342_HS1-416511228_319.1 Flying Discs 1949
Agency: Department of War
Incident date: 1/9/50
Page 41
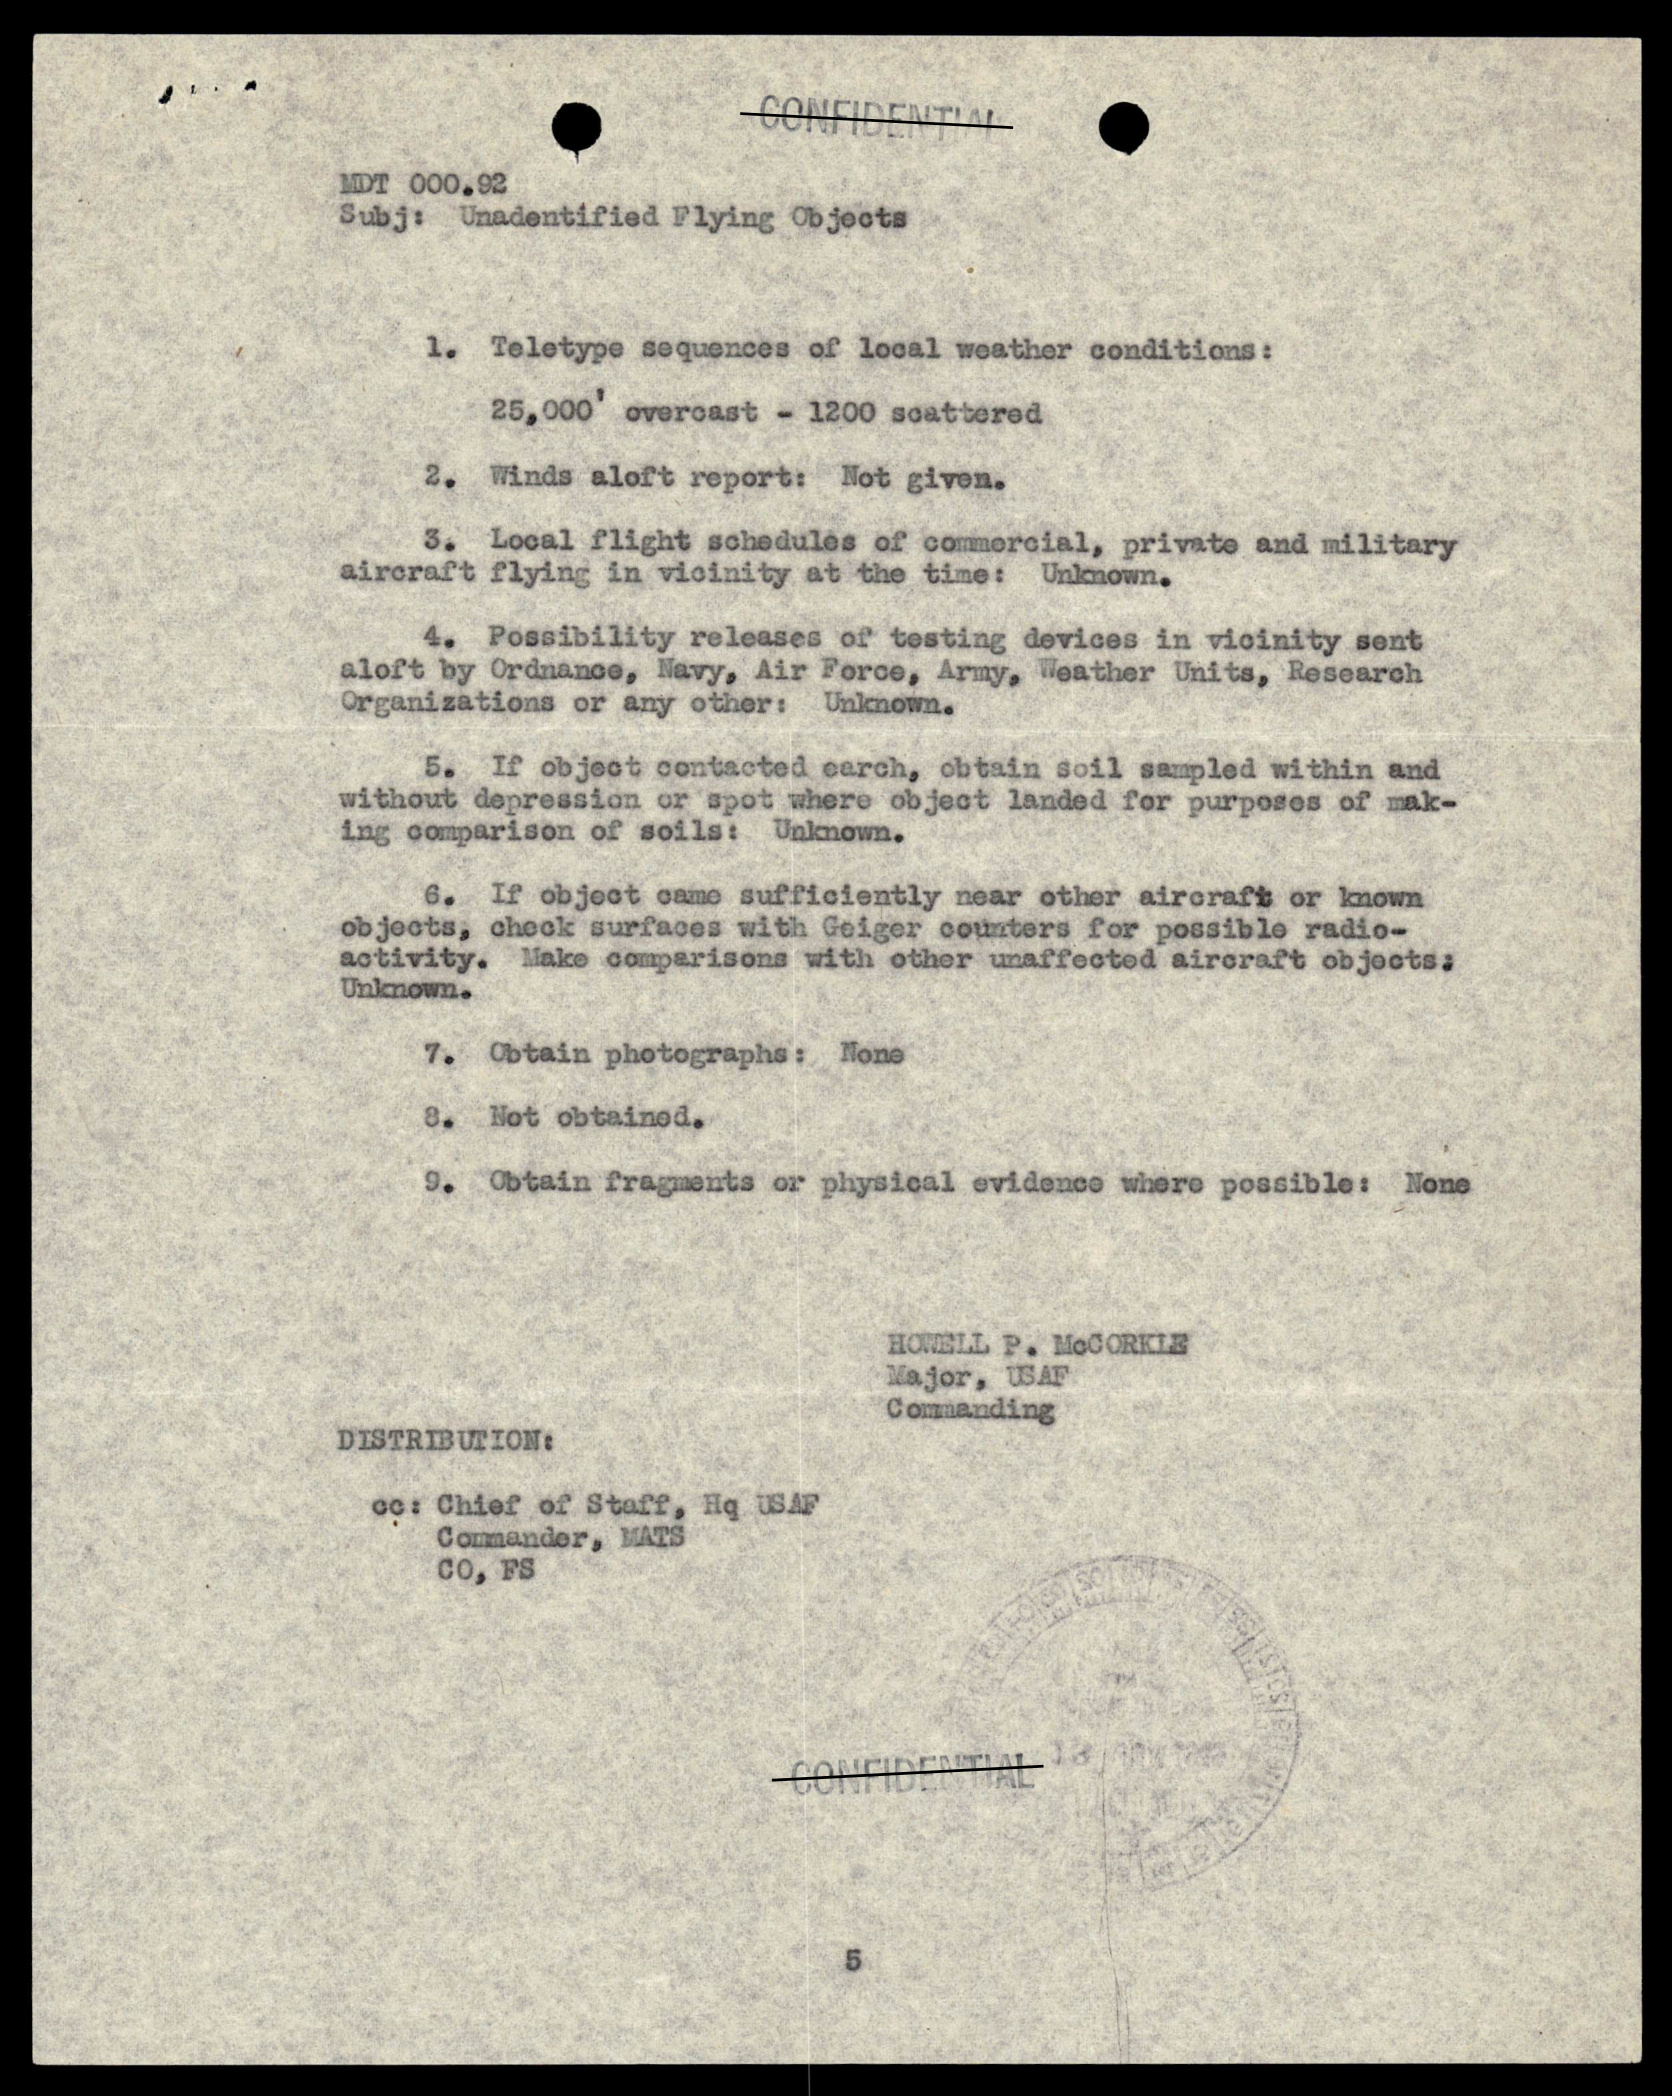